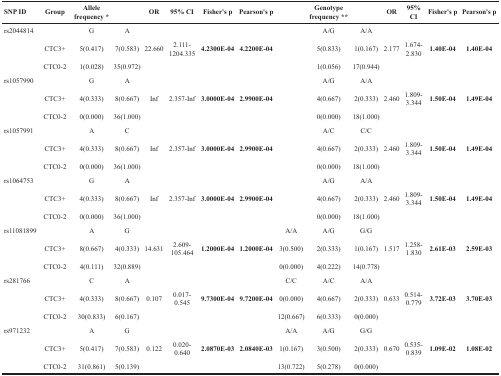
<table><thead><tr><td><b>SNP ID</b></td><td><b>Group</b></td><td><b>Allele frequency *</b></td><td></td><td><b>OR</b></td><td><b>95% CI</b></td><td><b>Fisher&#x27;s p</b></td><td><b>Pearson&#x27;s p</b></td><td></td><td><b>Genotype frequency **</b></td><td></td><td><b>OR</b></td><td><b>95% CI</b></td><td><b>Fisher&#x27;s p</b></td><td><b>Pearson&#x27;s p</b></td></tr></thead><tbody><tr><td>rs2044814</td><td></td><td>G</td><td>A</td><td></td><td></td><td></td><td></td><td></td><td>A/G</td><td>A/A</td><td></td><td></td><td></td><td></td></tr><tr><td></td><td>CTC3+</td><td>5(0.417)</td><td>7(0.583)</td><td>22.660</td><td>2.111-1204.335</td><td><b>4.2300E-04</b></td><td><b>4.2200E-04</b></td><td></td><td>5(0.833)</td><td>1(0.167)</td><td>2.177</td><td>1.674-2.830</td><td><b>1.40E-04</b></td><td><b>1.40E-04</b></td></tr><tr><td></td><td>CTC0-2</td><td>1(0.028)</td><td>35(0.972)</td><td></td><td></td><td></td><td></td><td></td><td>1(0.056)</td><td>17(0.944)</td><td></td><td></td><td></td><td></td></tr><tr><td>rs1057990</td><td></td><td>G</td><td>A</td><td></td><td></td><td></td><td></td><td></td><td>A/G</td><td>A/A</td><td></td><td></td><td></td><td></td></tr><tr><td></td><td>CTC3+</td><td>4(0.333)</td><td>8(0.667)</td><td>Inf</td><td>2.357-Inf</td><td><b>3.0000E-04</b></td><td><b>2.9900E-04</b></td><td></td><td>4(0.667)</td><td>2(0.333)</td><td>2.460</td><td>1.809-3.344</td><td><b>1.50E-04</b></td><td><b>1.49E-04</b></td></tr><tr><td></td><td>CTC0-2</td><td>0(0.000)</td><td>36(1.000)</td><td></td><td></td><td></td><td></td><td></td><td>0(0.000)</td><td>18(1.000)</td><td></td><td></td><td></td><td></td></tr><tr><td>rs1057991</td><td></td><td>A</td><td>C</td><td></td><td></td><td></td><td></td><td></td><td>A/C</td><td>C/C</td><td></td><td></td><td></td><td></td></tr><tr><td></td><td>CTC3+</td><td>4(0.333)</td><td>8(0.667)</td><td>Inf</td><td>2.357-Inf</td><td><b>3.0000E-04</b></td><td><b>2.9900E-04</b></td><td></td><td>4(0.667)</td><td>2(0.333)</td><td>2.460</td><td>1.809-3.344</td><td><b>1.50E-04</b></td><td><b>1.49E-04</b></td></tr><tr><td></td><td>CTC0-2</td><td>0(0.000)</td><td>36(1.000)</td><td></td><td></td><td></td><td></td><td></td><td>0(0.000)</td><td>18(1.000)</td><td></td><td></td><td></td><td></td></tr><tr><td>rs1064753</td><td></td><td>G</td><td>A</td><td></td><td></td><td></td><td></td><td></td><td>A/G</td><td>A/A</td><td></td><td></td><td></td><td></td></tr><tr><td></td><td>CTC3+</td><td>4(0.333)</td><td>8(0.667)</td><td>Inf</td><td>2.357-Inf</td><td><b>3.0000E-04</b></td><td><b>2.9900E-04</b></td><td></td><td>4(0.667)</td><td>2(0.333)</td><td>2.460</td><td>1.809-3.344</td><td><b>1.50E-04</b></td><td><b>1.49E-04</b></td></tr><tr><td></td><td>CTC0-2</td><td>0(0.000)</td><td>36(1.000)</td><td></td><td></td><td></td><td></td><td></td><td>0(0.000)</td><td>18(1.000)</td><td></td><td></td><td></td><td></td></tr><tr><td>rs11081899</td><td></td><td>A</td><td>G</td><td></td><td></td><td></td><td></td><td>A/A</td><td>A/G</td><td>G/G</td><td></td><td></td><td></td><td></td></tr><tr><td></td><td>CTC3+</td><td>8(0.667)</td><td>4(0.333)</td><td>14.631</td><td>2.609-105.464</td><td><b>1.2000E-04</b></td><td><b>1.2000E-04</b></td><td>3(0.500)</td><td>2(0.333)</td><td>1(0.167)</td><td>1.517</td><td>1.258-1.830</td><td><b>2.61E-03</b></td><td><b>2.59E-03</b></td></tr><tr><td></td><td>CTC0-2</td><td>4(0.111)</td><td>32(0.889)</td><td></td><td></td><td></td><td></td><td>0(0.000)</td><td>4(0.222)</td><td>14(0.778)</td><td></td><td></td><td></td><td></td></tr><tr><td>rs281766</td><td></td><td>C</td><td>A</td><td></td><td></td><td></td><td></td><td>C/C</td><td>A/C</td><td>A/A</td><td></td><td></td><td></td><td></td></tr><tr><td></td><td>CTC3+</td><td>4(0.333)</td><td>8(0.667)</td><td>0.107</td><td>0.017-0.545</td><td><b>9.7300E-04</b></td><td><b>9.7200E-04</b></td><td>0(0.000)</td><td>4(0.667)</td><td>2(0.333)</td><td>0.633</td><td>0.514-0.779</td><td><b>3.72E-03</b></td><td><b>3.70E-03</b></td></tr><tr><td></td><td>CTC0-2</td><td>30(0.833)</td><td>6(0.167)</td><td></td><td></td><td></td><td></td><td>12(0.667)</td><td>6(0.333)</td><td>0(0.000)</td><td></td><td></td><td></td><td></td></tr><tr><td>rs971232</td><td></td><td>A</td><td>G</td><td></td><td></td><td></td><td></td><td>A/A</td><td>A/G</td><td>G/G</td><td></td><td></td><td></td><td></td></tr><tr><td></td><td>CTC3+</td><td>5(0.417)</td><td>7(0.583)</td><td>0.122</td><td>0.020-0.640</td><td><b>2.0870E-03</b></td><td><b>2.0840E-03</b></td><td>1(0.167)</td><td>3(0.500)</td><td>2(0.333)</td><td>0.670</td><td>0.535-0.839</td><td><b>1.09E-02</b></td><td><b>1.08E-02</b></td></tr><tr><td></td><td>CTC0-2</td><td>31(0.861)</td><td>5(0.139)</td><td></td><td></td><td></td><td></td><td>13(0.722)</td><td>5(0.278)</td><td>0(0.000)</td><td></td><td></td><td></td><td></td></tr></tbody></table>